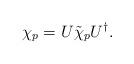
LaTeX: \begin{align*}\chi_p=U\tilde\chi_p U^\dagger.\end{align*}